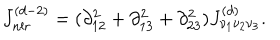
LaTeX: J _ { n l r } ^ { ( d - 2 ) } = ( \partial _ { 1 2 } ^ { 2 } + \partial _ { 1 3 } ^ { 2 } + \partial _ { 2 3 } ^ { 2 } ) J _ { \nu _ { 1 } \nu _ { 2 } \nu _ { 3 } } ^ { ( d ) } .